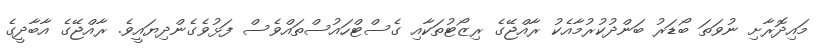
މައިދޮރާށި ނުވަތަ ބޯޑަރު ބަންދުކުރުމާއެކު ރާއްޖޭގެ ރިޒޯޓުތަކާއި ގެސްޓްހައުސްތައްވެސް ފަޅުވެގެންދިޔައީވެެ. ރާއްޖޭގެ އާބާދީގެ